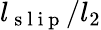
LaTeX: l_{\mathrm{~s~l~i~p~}}/l_{2}